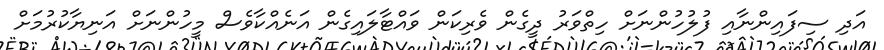
އަދި ސިފައިންނާއި ފުލުހުންނަށް ހިތްވަރު ދީގެން ވެރިކަން ވައްޓާލައިގެން އަނެއްކާވެސް މީހުންނަށް އަނިޔާކުރުމަށް